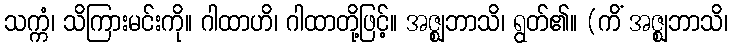
သက္ကံ၊ သိကြားမင်းကို။ ဂါထာဟိ၊ ဂါထာတို့ဖြင့်။ အဇ္ဈဘာသိ၊ ရွတ်၏။ (ကိံ အဇ္ဈဘာသိ၊